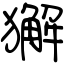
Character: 獬